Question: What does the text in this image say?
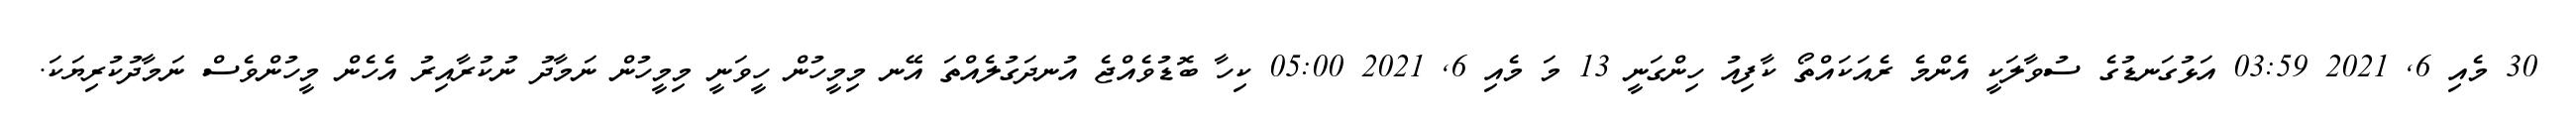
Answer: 30 މެއި 6, 2021 03:59 އަޅުގަނޑުގެ ސުވާލަކީ އެންމެ ރެއަކައްތޯ ކާފިއު ހިންގަނީ 13 މަ މެއި 6, 2021 05:00 ކިހާ ބޮޑުވެއްޖެ އުނދަގުލެއްތަ އޭނ މިމީހުން ހީވަނީ މިމީހުން ނަމާދު ނުކުރާއިރު އެހެން މީހުންވެސް ނަމާދުކުރިޔަކަ.